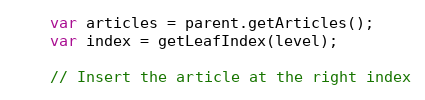
Language: JavaScript
    var articles = parent.getArticles();
    var index = getLeafIndex(level);

    // Insert the article at the right index